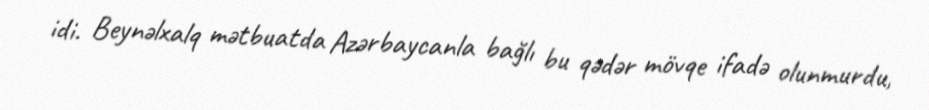
idi. Beynəlxalq mətbuatda Azərbaycanla bağlı bu qədər mövqe ifadə olunmurdu,